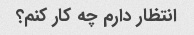
انتظار دارم چه کار کنم؟